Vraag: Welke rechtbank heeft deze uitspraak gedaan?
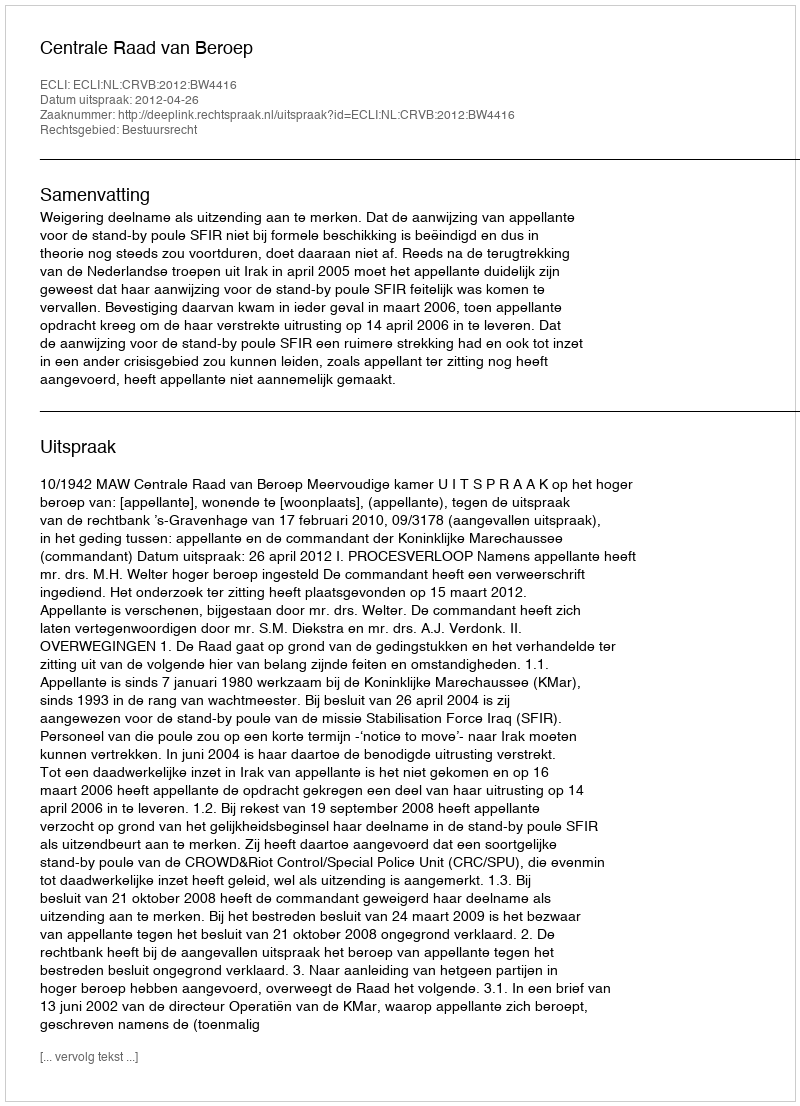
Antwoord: Centrale Raad van Beroep